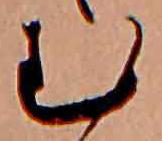
む